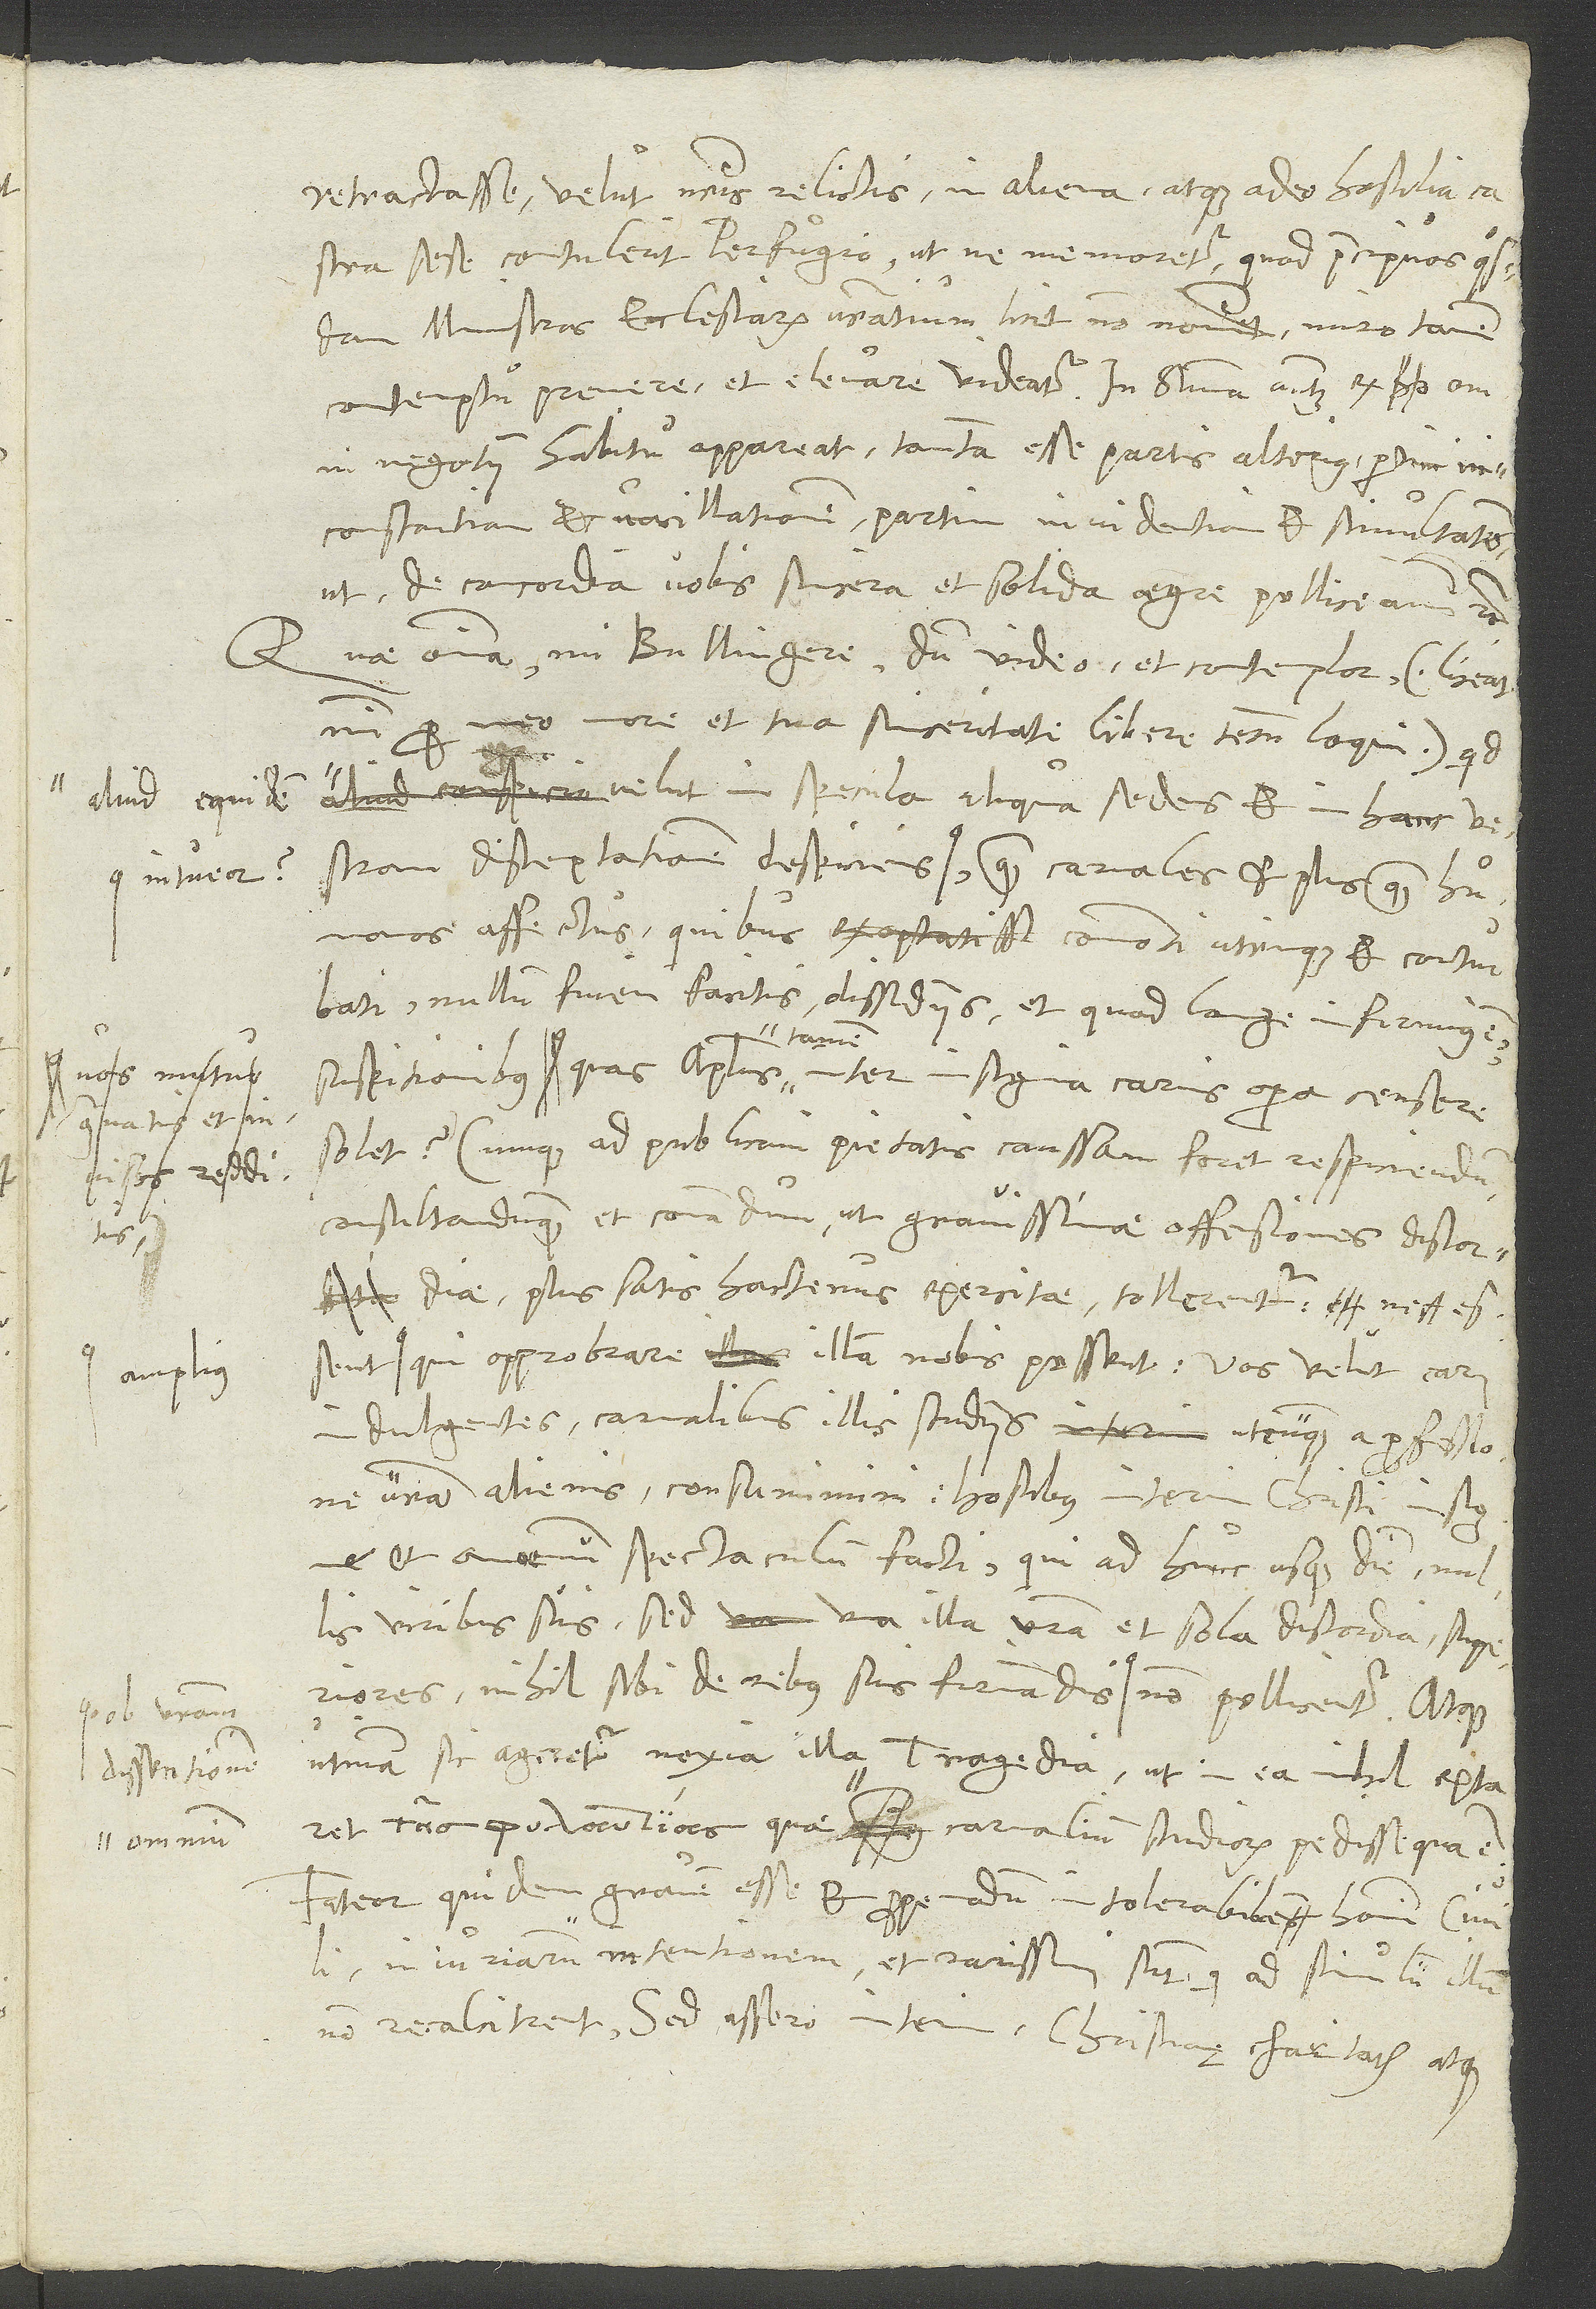
etractasse, velut vestris relictis in aliena atque adeo hostilia castra
sese contulerit perfugio, ut ne memoretur, quod praecipuos quosdam
ministros ecclesiarum vestratium licet non nominet, miro tamen
contemptu premere et elevare videatur. In summa autem ex omni
negotii habitu appareat tantam esse partis alterius partim
inconstantiam et vacillationem, partim invidentiam et simultates,
ut de concordia vobis sincera et solida aegre polliceamini etc.
Quae omnia, mi Bullingere, dum video et contemplor (liceat
meo more et tua sinceritate libere tecum loqui), quid
aliud equidem
velut in specula aliqua sedens et in hanc vestram
disceptationem despiciens intueor quam carnales et plus quam humanos
affectus, quibus commoti utrinque et conturbati
nullum finem facitis dissidiis et, quod longe infirmius est,
suspitionibus, quas apostolus tamen inter insignia carnis opera censere
solet? Cumque ad publicam pietatis caussam foret respiciendum
consultandumque et conandum, ut gravissimae offensiones discordiae
plus satis hactenus exercitae tollerentur, ne essent
qui opprobrare illam nobis possent: "Vos velut carni
amplius
indulgentes carnalibus illis studiis, utcunque a professione
vestra alienis, consumimini hostibus interim Christi insigne
et amoenum spectaculum facti, qui ad hunc usque diem nullis
viribus suis, sed una illa vestra et sola discordia superiores
utinam sic ageretur noxia illa tragedia, ut in ea nihil extaret
dissensionem
carnalium studiorum pedissequa est!
Fateor quidem gravem esse et propemodum intolerabilem homini civili
iniuriarum intentionem, et rarissimi sunt, qui ad stimulum illum
non recalcitrent. Sed assero interim christianę charitatis atque